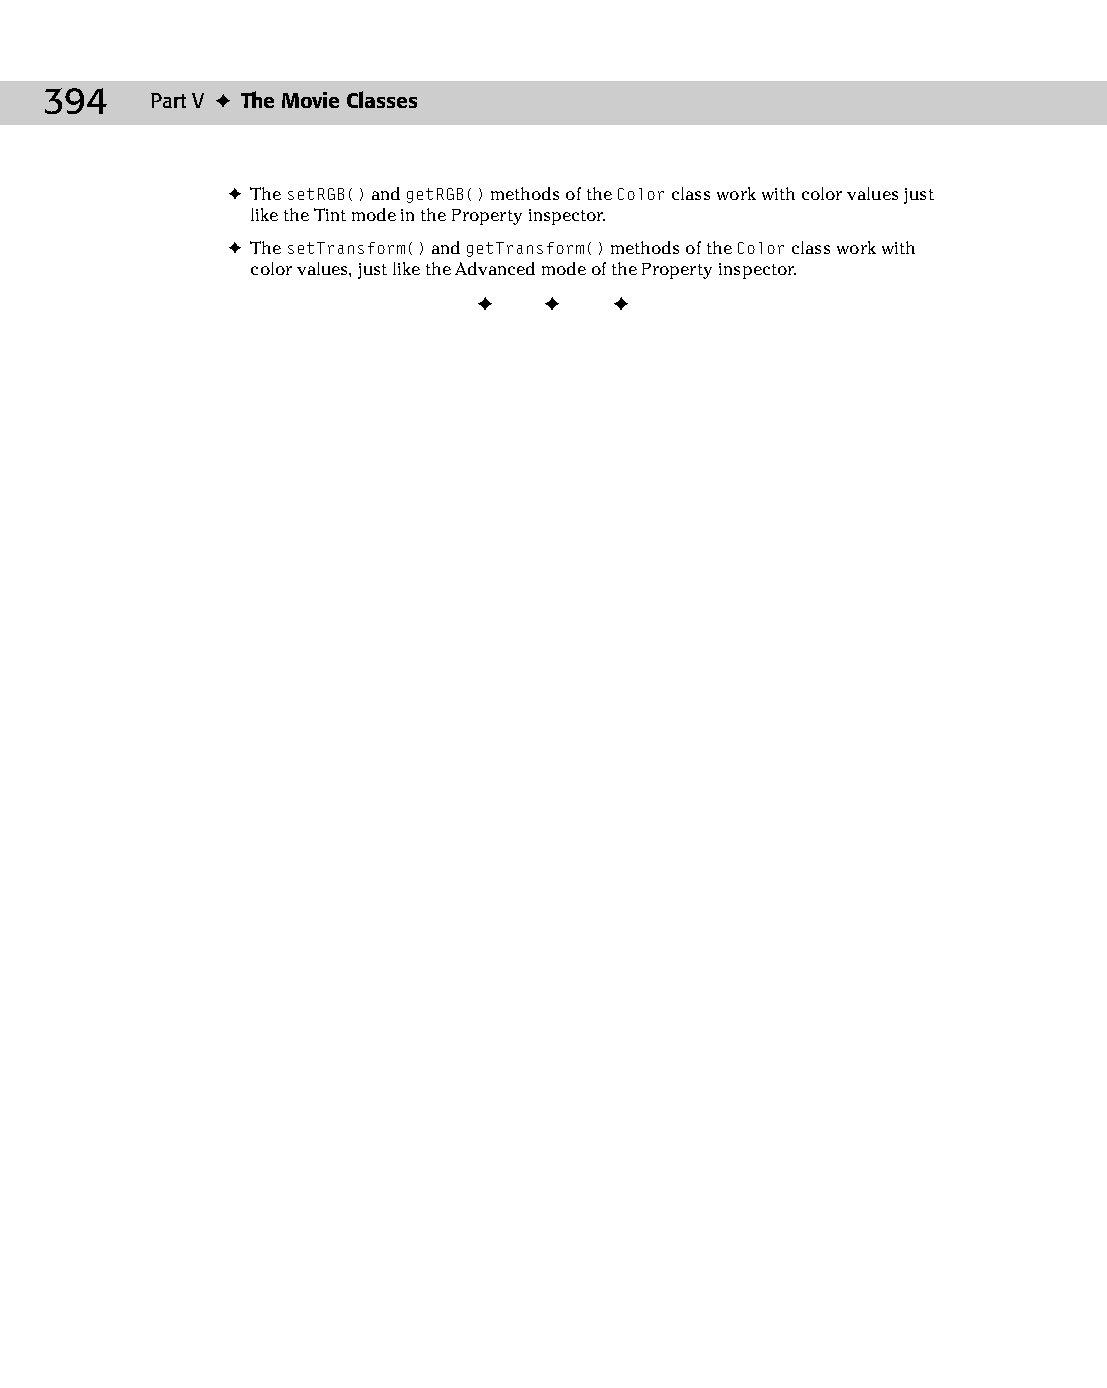
22 543547 ch16.qxd 3/24/04 4:11 PM Page 394
 394    Part V ✦ The Movie Classes
 ✦ The setRGB() and getRGB() methods of the Color class work with color values just
 like the Tint mode in the Property inspector.
 ✦ The setTransform() and getTransform() methods of the Color class work with
 color values, just like the Advanced mode of the Property inspector.
 ✦  ✦  ✦